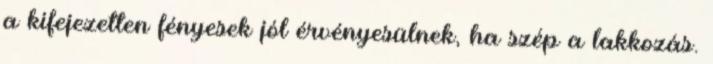
a kifejezetten fényesek jól érvényesülnek, ha szép a lakkozás.